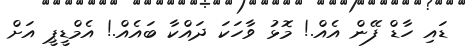
ޑައި ހާޑް ފޭން އެއް.! މޮޅު ވާހަކަ ދައްކާ ބައެއް.! އެމްޑީޕީ އަށް